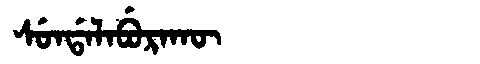
Manchu: ᠰᡠᠨᡩᠠᠯᠠᠪᡠᡵᠠᡴᡡ
Romanization: SUNDALABURAKŪ